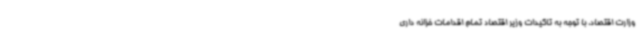
وزارت اقتصاد، با توجه به تاکیدات وزیر اقتصاد تمام اقدامات خزانه داری